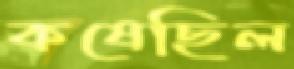
কষেছিল